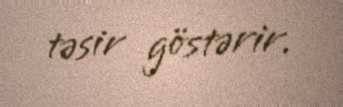
təsir göstərir.